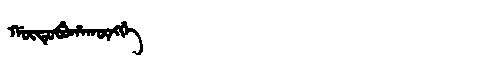
Manchu: ᡤᡡᡨᡠᠪᡠᡥᠠᡴᡡᠩᡤᡝ
Romanization: GŪTUBUHAKŪNGGE